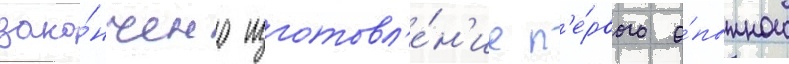
зако́нчено изготовл'е́н'ие п'е́рвого о́пытного